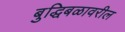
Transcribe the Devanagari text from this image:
बुद्धिबळावरील